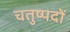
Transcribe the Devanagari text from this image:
चतुष्पदों